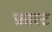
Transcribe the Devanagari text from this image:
फ्रास्ट